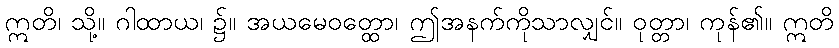
ဣတိ၊ သို့။ ဂါထာယ၊ ၌။ အယမေဝတ္ထော၊ ဤအနက်ကိုသာလျှင်။ ဝုတ္တာ၊ ကုန်၏။ ဣတိ